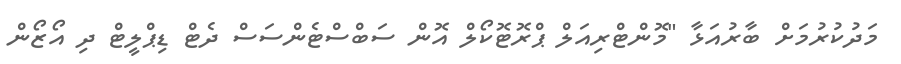
މަދުކުރުމަށް ބާރުއަޅާ "މޮންޓްރިއަލް ޕްރޮޓޮކޯލް އޮން ސަބްސްޓެންސަސް ދެޓް ޑިޕްލީޓް ދި އޯޒޯން